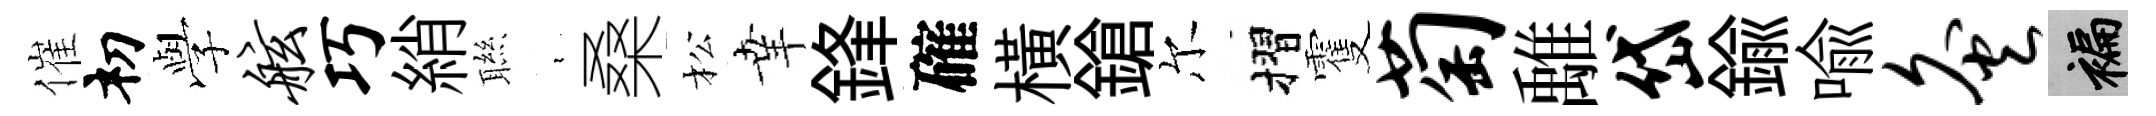
催𥘉𫝯舷巧綃聮裊桑松𦍒鋒確橫鎗尔摺䨥萄𩀌岱鍮喩灸褊